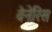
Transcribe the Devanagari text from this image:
वेनेरिस